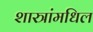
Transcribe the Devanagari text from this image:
शास्त्रांमधिल